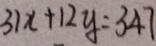
3 1 x + 1 2 y = 3 4 7